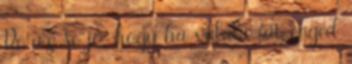
De az se jó, hogy ha valaki fát enged